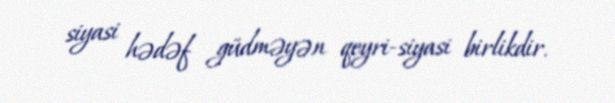
siyasi hədəf güdməyən qeyri-siyasi birlikdir.